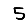
Digit: 5